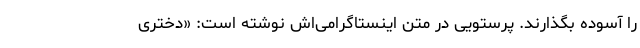
را آسوده بگذارند. پرستویی در متن اینستاگرامی‌اش نوشته است: «دختری